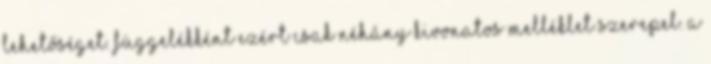
lehetőséget. Függelékként ezért csak néhány kivonatos melléklet szerepel. A